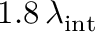
1 . 8 \, \lambda _ { \mathrm { i n t } }